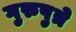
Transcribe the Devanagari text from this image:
गुरुपुत्रे